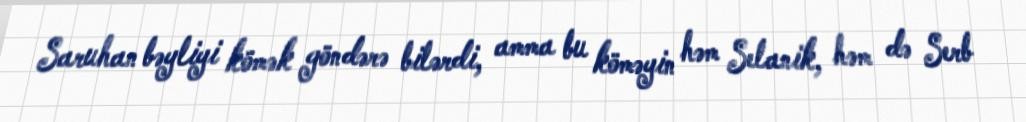
Saruhan bəyliyi kömək göndərə bilərdi, amma bu köməyin həm Selanik, həm də Serb